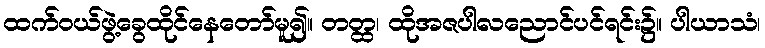
ထက်ဝယ်ဖွဲ့ခွေထိုင်နေတော်မူ၍။ တတ္ထ၊ ထိုအဇပါလညောင်ပင်ရင်း၌။ ပါယာသံ၊